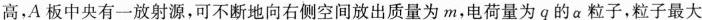
高，A板中央有一放射源，可不断地向右侧空间放出质量为m，电荷量为q的α粒子，粒子最大